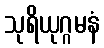
သုရိယုဂ္ဂမနံ